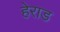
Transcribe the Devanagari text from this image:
हेराड